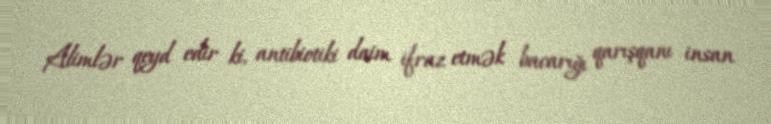
Alimlər qeyd edir ki, antibiotiki daim ifraz etmək bacarığı qarışqanı insan